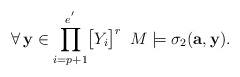
\begin{align*}\forall\,\mathbf{y}\in\displaystyle{\prod_{i=p+1}^{e^{'}}}\big{[}Y_i\big{]}^r\,\,\,M\models\sigma_2(\mathbf{a},\mathbf{y}).\end{align*}